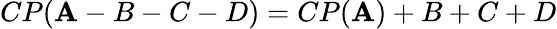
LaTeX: CP(\mathbf{A}-B-C-D)=CP(\mathbf{A})+B+C+D